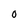
Character: 0